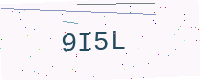
Text: 9I5L